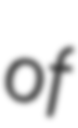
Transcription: of